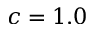
c = 1 . 0